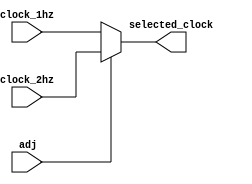
module adjust(input adj, input clock_1hz, input clock_2hz, output selected_clock);
wire adj;
wire clock_1hz;
wire clock_2hz;
reg selected_clock;

always@(*)begin
    if (adj)begin
        selected_clock <= clock_2hz;
    end
    else begin
        selected_clock <= clock_1hz;
    end


end



endmodule